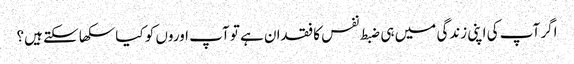
اگر آپ کی اپنی زندگی میں ہی ضبط نفس کا فقدان ہے تو آپ اوروں کو کیا سکھا سکتے ہیں؟